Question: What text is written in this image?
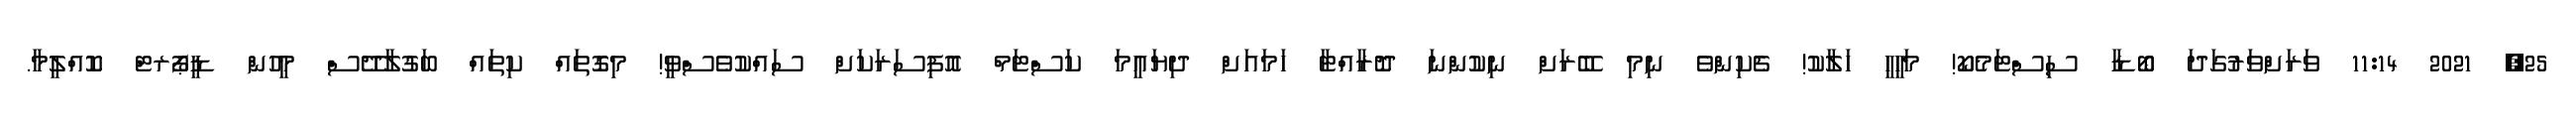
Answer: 25, 2021 11:14 ވަރަށްވަރުގަދަ ބޯޑާ ސިސްޓަމެކޯ! މަހީހީ ހަލާކު! ޗެކިންވެ ނިމި ބޭރަށް ނިކުންނަ ދޮރާއްޓާ ހަމައަށް ދިޔައީމަ ކަސްޓަމް އޮފިސަރަކަށް ސައްކުވެސްވީ! މިގޮތައް ކިތައް ބަގުލާދޭސް މީހުން ޑީޕޯރޓް ކޮއްލީމާ.